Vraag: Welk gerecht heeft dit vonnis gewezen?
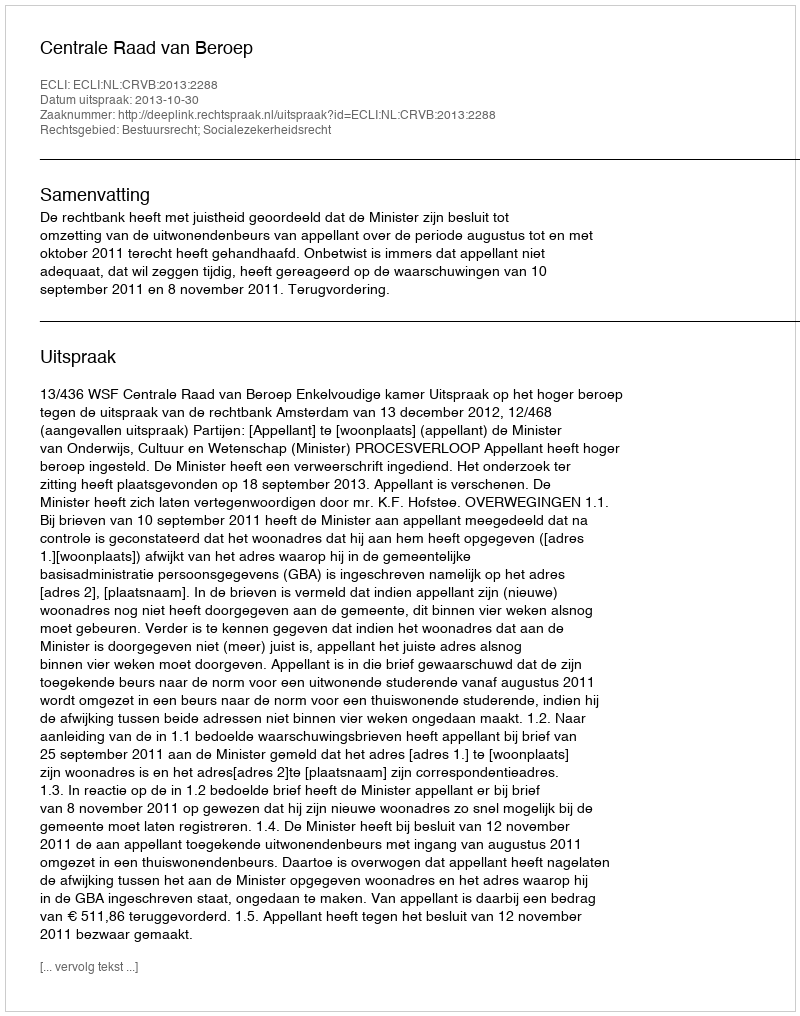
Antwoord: Centrale Raad van Beroep